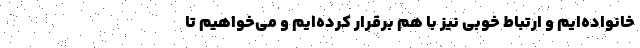
خانواده‌ایم و ارتباط خوبی نیز با هم برقرار کرده‌ایم و می‌خواهیم تا